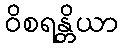
ဝိစရန္တိယာ